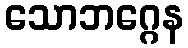
သောဘဂ္ဂေန